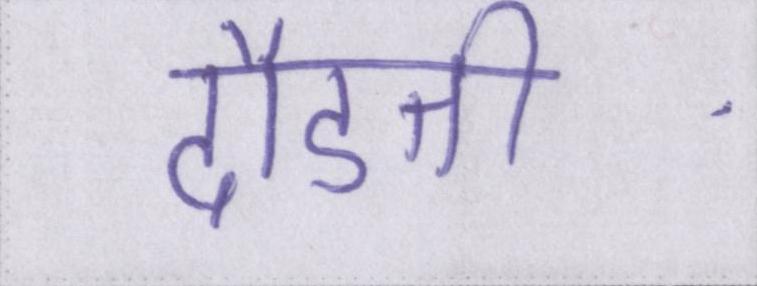
दौडती